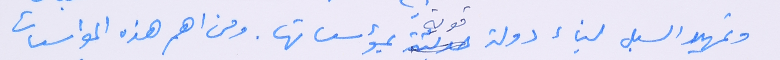
وتمهيد السبل لبناء دولة قوية بمؤسساتها. ومن اهم هذه المؤسسات